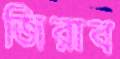
জিরাব